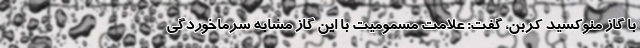
با گاز منوکسید کربن، گفت: علامت مسمومیت با این گاز مشابه سرماخوردگی